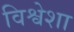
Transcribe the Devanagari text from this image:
विश्वेशा